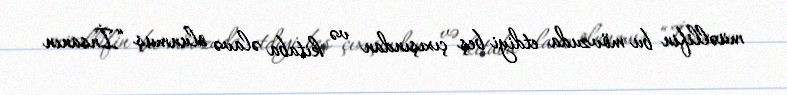
müəllifin bu mövzuda etdiyi beş çıxışından və kitaba əlavə olunmuş “İnsanın